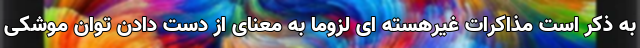
به ذکر است مذاکرات غیرهسته ای لزوما به معنای از دست دادن توان موشکی